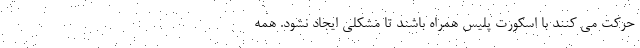
حرکت می کنند با اسکورت پلیس همراه باشند تا مشکلی ایجاد نشود. همه